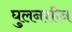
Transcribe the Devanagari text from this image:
घुलनशीन